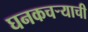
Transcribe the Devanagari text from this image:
घनकचर्‍याची